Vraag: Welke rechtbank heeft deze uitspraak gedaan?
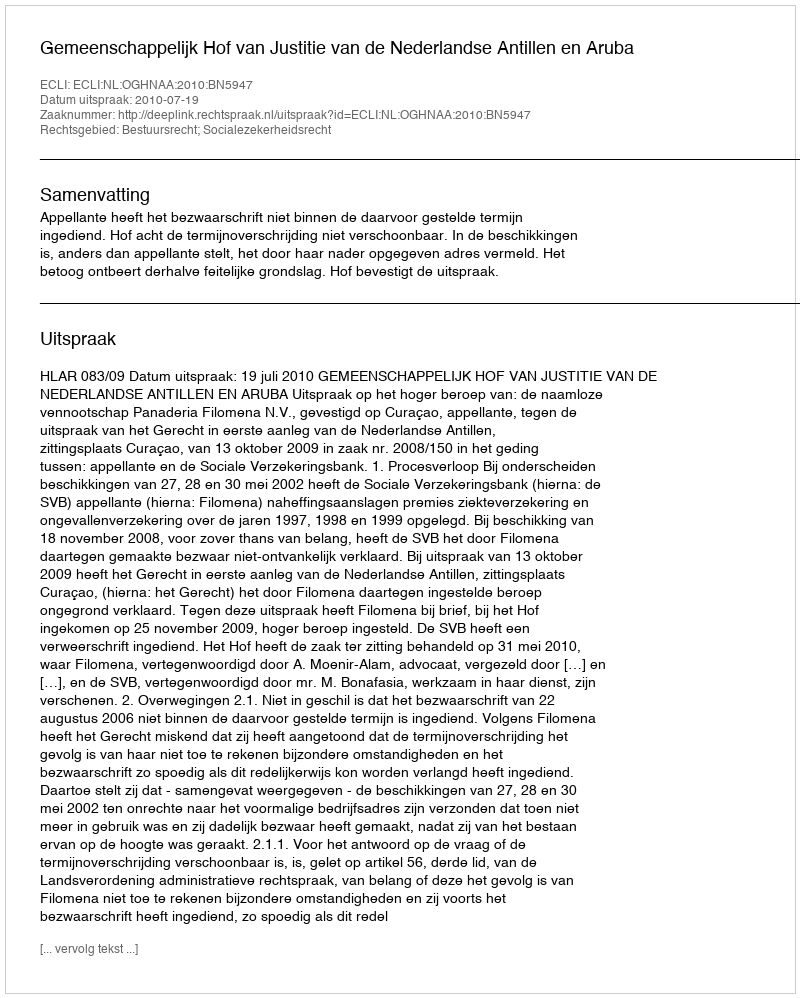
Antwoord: Gemeenschappelijk Hof van Justitie van de Nederlandse Antillen en Aruba